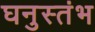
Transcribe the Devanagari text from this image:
घनुस्तंभ